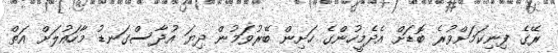
ރޭގެ ފިނިކަމަށްވުރެ ބޮޑަށް އެދެމީހުންގެ ހަށިން ބޭރުވަމުން ދިޔަ އުދާސްގަނޑު މާހައުލަށް އަތް